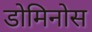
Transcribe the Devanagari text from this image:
डोमिनोस